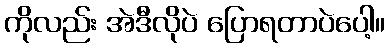
ကိုလည်း အဲဒီလိုပဲ ပြောရတာပဲပေါ့။